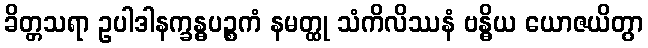
ခိတ္တသရာ ဥပါဒါနက္ခန္ဓပဉ္စကံ နမတ္ထု သံကိလိဿနံ ဗန္ဓိယ ယောဇယိတွာ